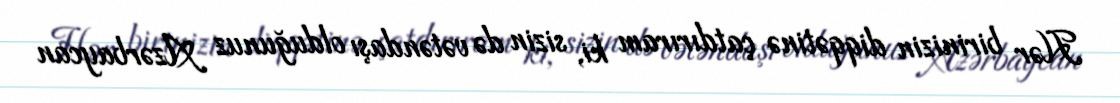
Hər birinizin diqqətinə çatdırıram ki, sizin də vətəndaşı olduğunuz Azərbaycan